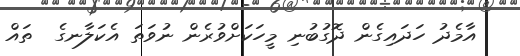
އާމެދު ހަދައިގެން ދޮގުބުނި މީހަކަށްވުރެން ނުވަތަ އެކަލާނގެ  ތައް